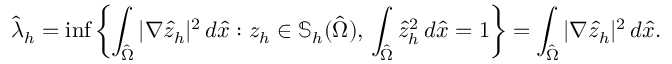
\hat { \lambda } _ { h } = \operatorname* { i n f } \left\{ \int _ { \hat { \Omega } } | \nabla \hat { z } _ { h } | ^ { 2 } \, d \hat { x } : z _ { h } \in \mathbb { S } _ { h } ( \hat { \Omega } ) , \, \int _ { \hat { \Omega } } \hat { z } _ { h } ^ { 2 } \, d \hat { x } = 1 \right\} = \int _ { \hat { \Omega } } | \nabla \hat { z } _ { h } | ^ { 2 } \, d \hat { x } .